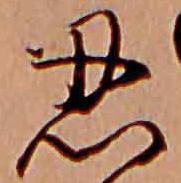
忍